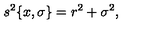
s ^ { 2 } \{ x , \sigma \} = r ^ { 2 } + \sigma ^ { 2 } ,